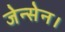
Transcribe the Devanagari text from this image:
जेन्सेन।